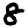
Digit: 8